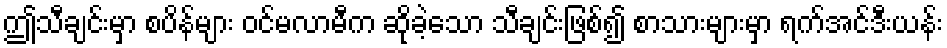
ဤသီချင်းမှာ စပိန်များ ဝင်မလာမီက ဆိုခဲ့သော သီချင်းဖြစ်၍ စာသားများမှာ ရက်အင်ဒီးယန်း